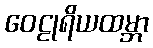
ဝေဠုရိယထမ္ဘာ